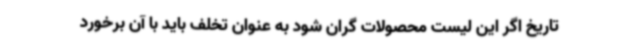
تاریخ اگر این لیست محصولات گران شود به عنوان تخلف باید با آن برخورد